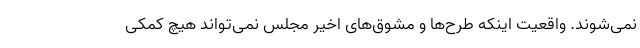
نمی‌شوند. واقعیت اینکه طرح‌ها و مشوق‌های اخیر مجلس نمی‌تواند هیچ کمکی